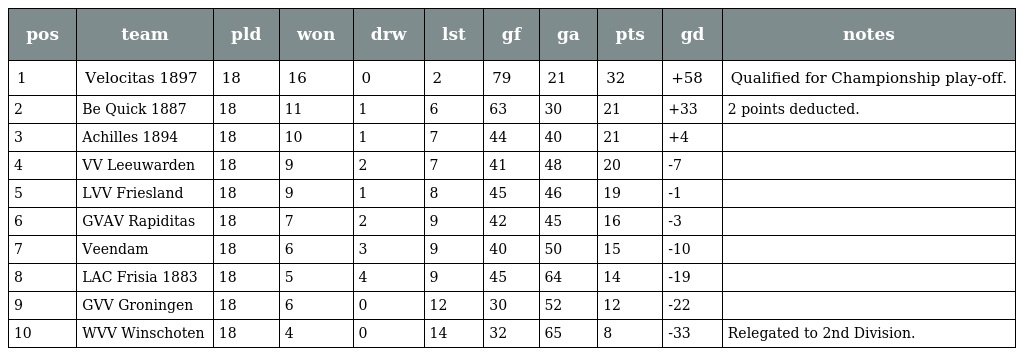
| pos | team | pld | won | drw | lst | gf | ga | pts | gd | notes |
 | --- | --- | --- | --- | --- | --- | --- | --- | --- | --- | --- |
 | 1 | Velocitas 1897 | 18 | 16 | 0 | 2 | 79 | 21 | 32 | +58 | Qualified for Championship play-off. |
 | 2 | Be Quick 1887 | 18 | 11 | 1 | 6 | 63 | 30 | 21 | +33 | 2 points deducted. |
 | 3 | Achilles 1894 | 18 | 10 | 1 | 7 | 44 | 40 | 21 | +4 |  |
 | 4 | VV Leeuwarden | 18 | 9 | 2 | 7 | 41 | 48 | 20 | -7 |  |
 | 5 | LVV Friesland | 18 | 9 | 1 | 8 | 45 | 46 | 19 | -1 |  |
 | 6 | GVAV Rapiditas | 18 | 7 | 2 | 9 | 42 | 45 | 16 | -3 |  |
 | 7 | Veendam | 18 | 6 | 3 | 9 | 40 | 50 | 15 | -10 |  |
 | 8 | LAC Frisia 1883 | 18 | 5 | 4 | 9 | 45 | 64 | 14 | -19 |  |
 | 9 | GVV Groningen | 18 | 6 | 0 | 12 | 30 | 52 | 12 | -22 |  |
 | 10 | WVV Winschoten | 18 | 4 | 0 | 14 | 32 | 65 | 8 | -33 | Relegated to 2nd Division. |